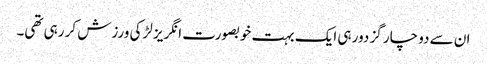
ان سے دو چار گز دور ہی ایک بہت خوبصورت انگریز لڑکی ورزش کر رہی تھی۔